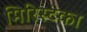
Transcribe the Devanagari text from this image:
मिरिस्टका